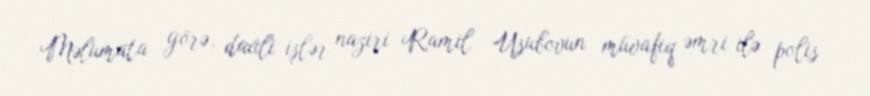
Məlumata görə, daxili işlər naziri Ramil Usubovun müvafiq əmri ilə polis